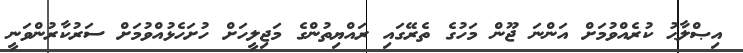
އިޞްލާޙު ކުރެއްވުމަށް އަންނަ ޖޫން މަހުގެ ތެރޭގައި ރައްޔިތުންގެ މަޖިލީހަށް ހުށަހެޅުއްވުމަށް ސަރުކާރުންވަނީ